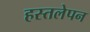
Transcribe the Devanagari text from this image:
हस्तलेपन